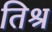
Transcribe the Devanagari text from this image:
तिश्र